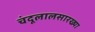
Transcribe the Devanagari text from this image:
चंदूलालसारख्या